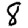
Digit: 8